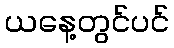
ယနေ့တွင်ပင်